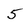
Character: 5